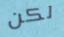
لكن